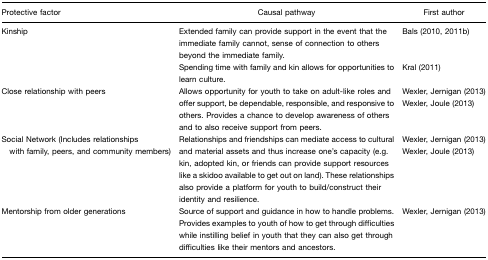
<table><thead><tr><td><b>Protective factor</b></td><td><b>Causal pathway</b></td><td><b>First author</b></td></tr></thead><tbody><tr><td>Kinship</td><td>Extended family can provide support in the event that the immediate family cannot, sense of connection to others beyond the immediate family.</td><td>Bals (2010, 2011b)</td></tr><tr><td></td><td>Spending time with family and kin allows for opportunities to learn culture.</td><td>Kral (2011)</td></tr><tr><td>Close relationship with peers</td><td>Allows opportunity for youth to take on adult-like roles and offer support, be dependable, responsible, and responsive to others. Provides a chance to develop awareness of others and to also receive support from peers.</td><td>Wexler, Jernigan (2013)Wexler, Joule (2013)</td></tr><tr><td>Social Network (Includes relationships with family, peers, and community members)</td><td>Relationships and friendships can mediate access to cultural and material assets and thus increase one&#x27;s capacity (e.g. kin, adopted kin, or friends can provide support resources like a skidoo available to get out on land). These relationships also provide a platform for youth to build/construct their identity and resilience.</td><td>Wexler, Jernigan (2013)Wexler, Joule (2013)</td></tr><tr><td>Mentorship from older generations</td><td>Source of support and guidance in how to handle problems. Provides examples to youth of how to get through difficulties while instilling belief in youth that they can also get through difficulties like their mentors and ancestors.</td><td>Wexler, Jernigan (2013)</td></tr></tbody></table>